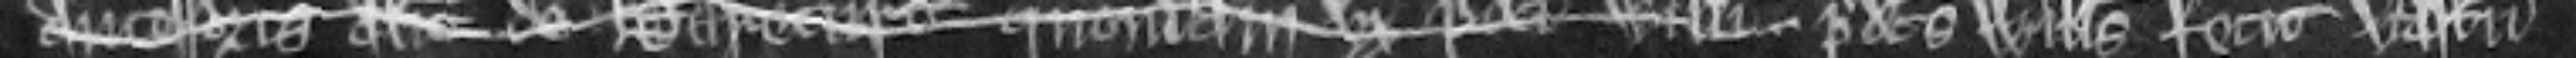
predictus Willelmus fecit vastum